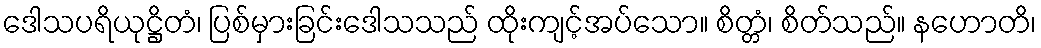
ဒေါသပရိယုဋ္ဌိတံ၊ ပြစ်မှားခြင်းဒေါသသည် ထိုးကျင့်အပ်သော။ စိတ္တံ၊ စိတ်သည်။ နဟောတိ၊